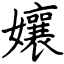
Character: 孃